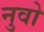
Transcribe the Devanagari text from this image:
नुवो